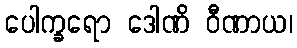
ပေါက္ခရော ဒေါဏိ ဝီဏာယ၊